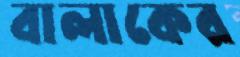
বালাকের